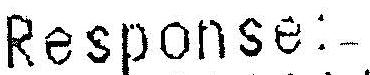
RESPONSE:-